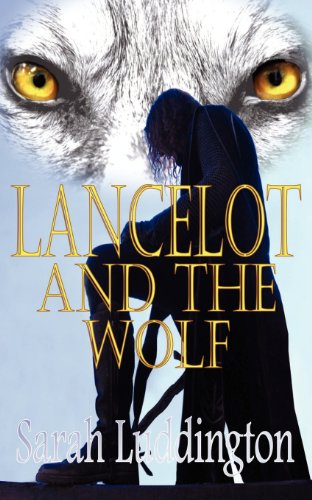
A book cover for Lancelot and the Wolf; Sarah Luddington; Science Fiction & Fantasy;